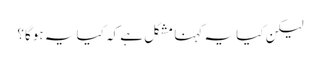
لیکن کیا یہ کہنا مشکل ہے کہ کیا یہ ہوگا؟